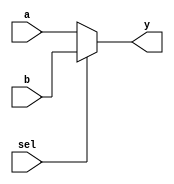
module mux_2x1(y, a, b, sel);
    input [2:0] a,b; 
    input sel; 
    output reg [2:0] y;

    always @(a,b,sel)
        begin
            if (sel == 1'b0)
                y=a;
            else if (sel==1'b1)
                y=b;
            else
                y=3'bxxx;
        end
endmodule